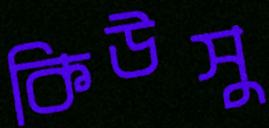
কিউসু